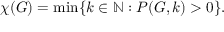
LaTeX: \chi ( G ) = \operatorname* { m i n } \{ k \in \mathbb { N } : P ( G , k ) > 0 \} .